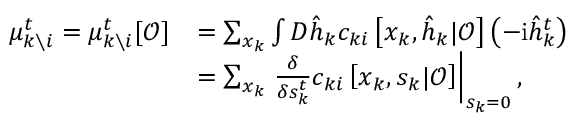
\begin{array} { r l } { \mu _ { k \setminus i } ^ { t } = \mu _ { k \setminus i } ^ { t } [ \boldsymbol { \mathcal { O } } ] } & { = \sum _ { \boldsymbol { x } _ { k } } \int D \hat { \boldsymbol { h } } _ { k } c _ { k i } \left[ \boldsymbol { x } _ { k } , \hat { \boldsymbol { h } } _ { k } | \boldsymbol { \mathcal { O } } \right] \left( - \mathrm { i } \hat { h } _ { k } ^ { t } \right) } \\ & { = \sum _ { \boldsymbol { x } _ { k } } \left. \frac { \delta } { \delta s _ { k } ^ { t } } c _ { k i } \left[ \boldsymbol { x } _ { k } , \boldsymbol { s } _ { k } | \boldsymbol { \mathcal { O } } \right] \right| _ { s _ { k } = 0 } , } \end{array}